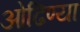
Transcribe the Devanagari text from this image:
ओढिण्या